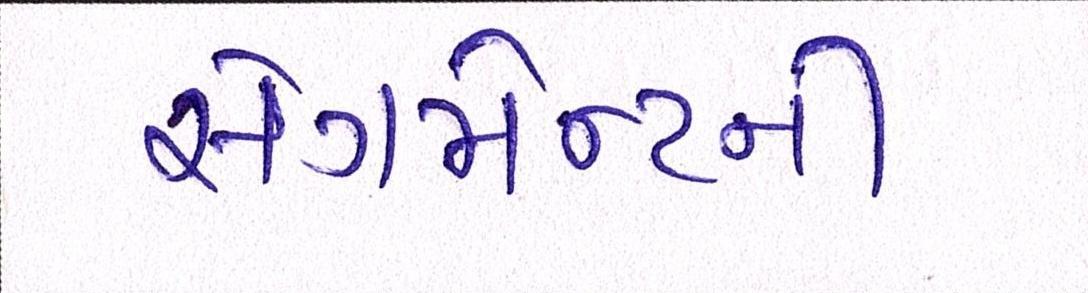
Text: સેગમેન્ટની